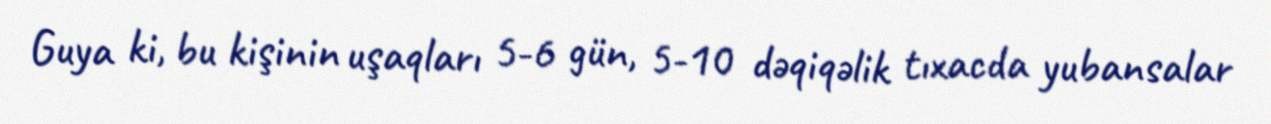
Guya ki, bu kişinin uşaqları 5-6 gün, 5-10 dəqiqəlik tıxacda yubansalar